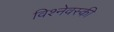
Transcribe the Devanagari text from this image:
विश्नेवस्की